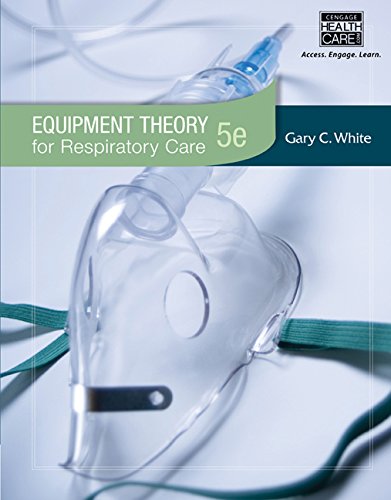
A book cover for Equipment Theory for Respiratory Care; Gary White; Medical Books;